EELK_Tartu_Peetri_kogudus_(kirikutahed), lk 51
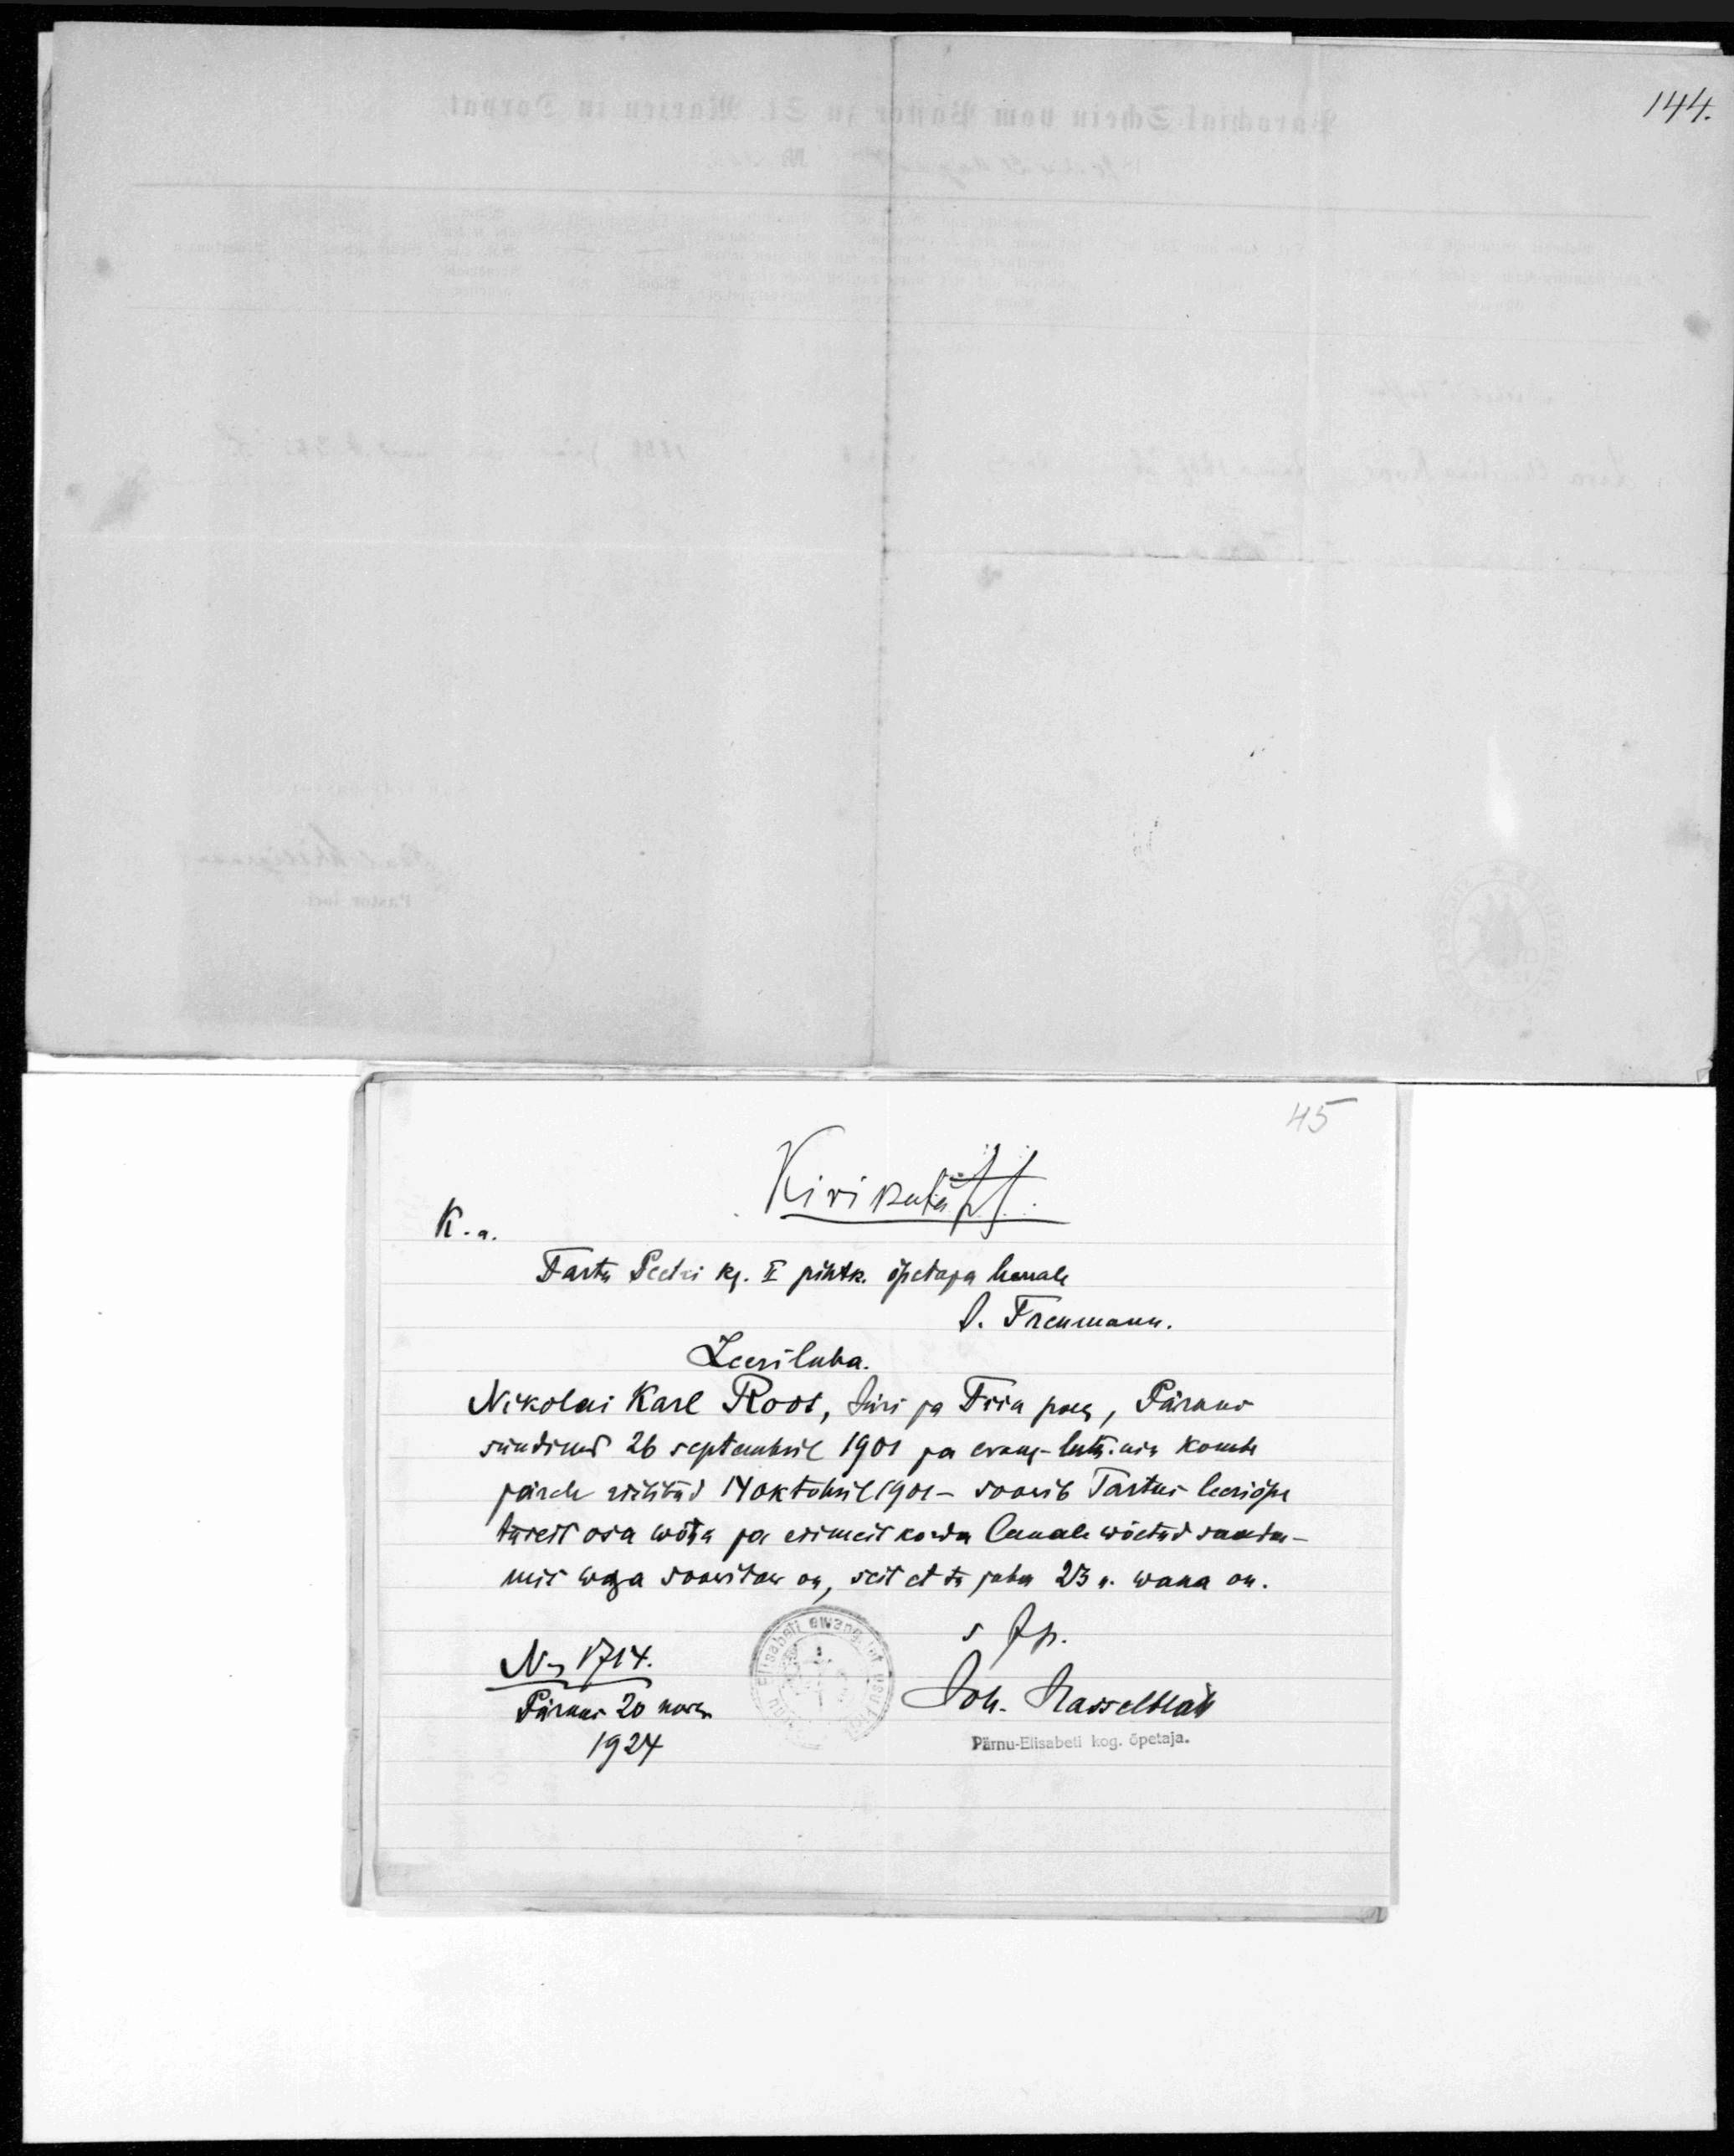
Kirikutäht
K.a.
Tartu Peetri kg. II pihtk. õpetaja herrale
J. Treumann.
Leeriluba.
Nikolai Karl Roos, Jüri ja Tiiu poeg, Pärnus
sündinud 26 septembril 1901 ja evang-luth. usu kombe
järele vihitud 14 oktobril 1901 soovib Tartus leeriõpe
tusest osa wõta ja esimest korda lauale wõetud saada -
mis väga soowitaw on, sest et ta juba 23 a. wana on.
N 1714
Joh. Hasselblatt
Pärnus 20
Pärnu-Elisabethi kog. õpetaja.
1924